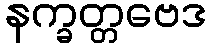
နက္ခတ္တဗေဒ